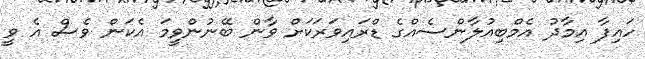
ހައިފާ އިމާދު އެމްބިއުލާންސެއްގެ ޑްރައިވަރަކަށް ވާން ބޭނުންވީމަ އެކަން ވެސް އެ ވީ